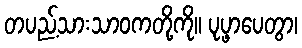
တပည့်သားသာဝကတို့ကို။ ပုပ္ဖာပေတွာ၊